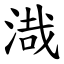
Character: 渽